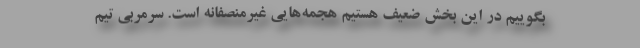
بگوییم در این بخش ضعیف هستیم هجمه‌هایی غیرمنصفانه است. سرمربی تیم